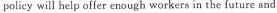
policy will help offer enough workers in the future and